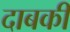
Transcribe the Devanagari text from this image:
दाबकी